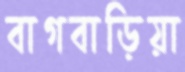
বাগবাড়িয়া